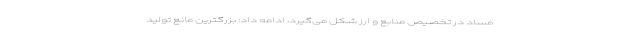
فساد در تخصیص منابع و ارز شکل می‌گیرد، ادامه داد: بزرگترین مانع تولید